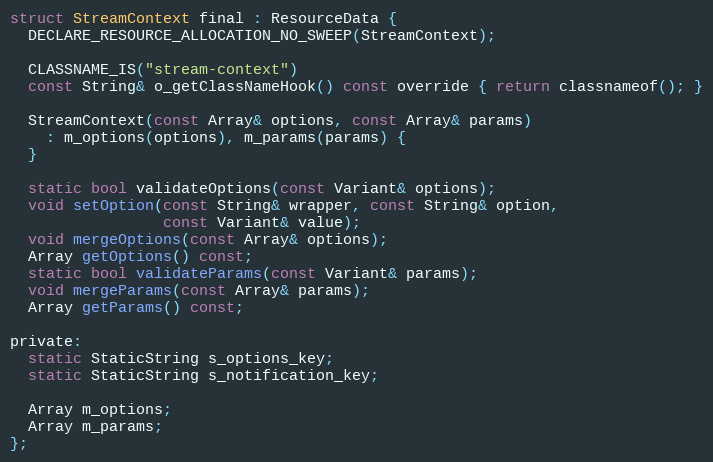
Language: C
struct StreamContext final : ResourceData {
  DECLARE_RESOURCE_ALLOCATION_NO_SWEEP(StreamContext);

  CLASSNAME_IS("stream-context")
  const String& o_getClassNameHook() const override { return classnameof(); }

  StreamContext(const Array& options, const Array& params)
    : m_options(options), m_params(params) {
  }

  static bool validateOptions(const Variant& options);
  void setOption(const String& wrapper, const String& option,
                 const Variant& value);
  void mergeOptions(const Array& options);
  Array getOptions() const;
  static bool validateParams(const Variant& params);
  void mergeParams(const Array& params);
  Array getParams() const;

private:
  static StaticString s_options_key;
  static StaticString s_notification_key;

  Array m_options;
  Array m_params;
};